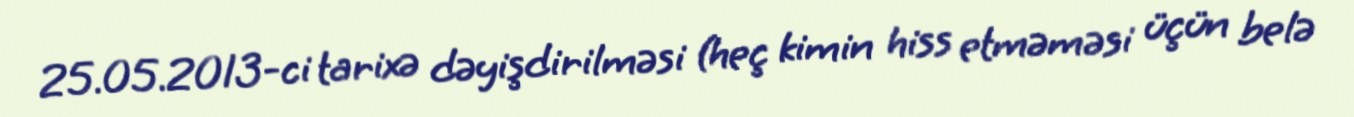
25.05.2013-ci tarixə dəyişdirilməsi (heç kimin hiss etməməsi üçün belə